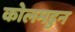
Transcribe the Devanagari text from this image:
कोलमडुन